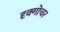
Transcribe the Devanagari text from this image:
दृक्गोचर